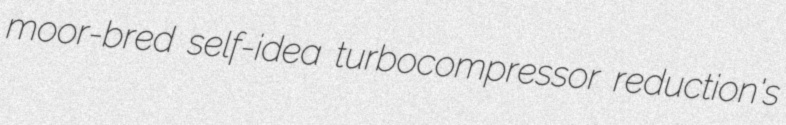
moor-bred self-idea turbocompressor reduction's